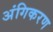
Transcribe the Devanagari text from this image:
अंगिकरण